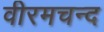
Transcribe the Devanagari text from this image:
वीरमचन्द